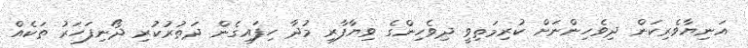
އަނިޔާވެރިކަން ދިވެހިންނަށް ކުރިމަތިވީ ދިވެހިންގެ ވިޔާފާރި މުދާ ހިފައިގެން ދަތުރުކުރި ދޯނިފަހަރު ތަކެއް